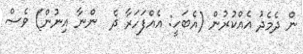
ން ދެމެދު އެއްކުރުން (އެބަހީ: އެއްފަހަރާ ދެ  ންނާ އިނުން) ވެސް